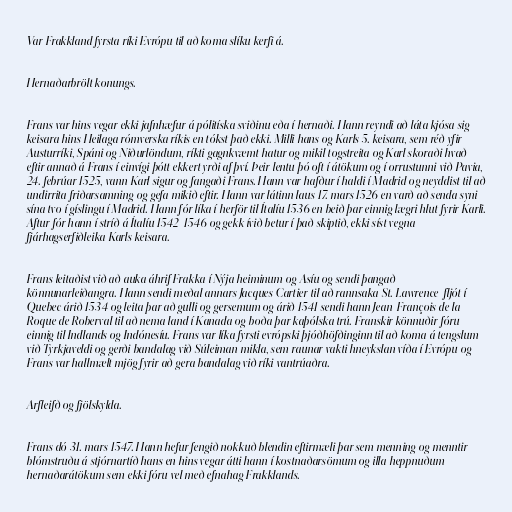
Var Frakkland fyrsta ríki Evrópu til að koma slíku kerfi á.

Hernaðarbrölt konungs.

Frans var hins vegar ekki jafnhæfur á pólitíska sviðinu eða í hernaði. Hann reyndi að láta kjósa sig
keisara hins Heilaga rómverska ríkis en tókst það ekki. Milli hans og Karls 5. keisara, sem réð yfir
Austurríki, Spáni og Niðurlöndum, ríkti gagnkvæmt hatur og mikil togstreita og Karl skoraði hvað
eftir annað á Frans í einvígi þótt ekkert yrði af því. Þeir lentu þó oft í átökum og í orrustunni við Pavia,
24. febrúar 1525, vann Karl sigur og fangaði Frans. Hann var hafður í haldi í Madrid og neyddist til að
undirrita friðarsamning og gefa mikið eftir. Hann var látinn laus 17. mars 1526 en varð að senda syni
sína tvo í gíslingu í Madrid. Hann fór líka í herför til Ítalíu 1536 en beið þar einnig lægri hlut fyrir Karli.
Aftur fór hann í stríð á Ítalíu 1542-1546 og gekk ívið betur í það skiptið, ekki síst vegna
fjárhagserfiðleika Karls keisara.

Frans leitaðist við að auka áhrif Frakka í Nýja heiminum og Asíu og sendi þangað
könnunarleiðangra. Hann sendi meðal annars Jacques Cartier til að rannsaka St. Lawrence-fljót í
Quebec árið 1534 og leita þar að gulli og gersemum og árið 1541 sendi hann Jean-François de la
Roque de Roberval til að nema land í Kanada og boða þar kaþólska trú. Franskir könnuðir fóru
einnig til Indlands og Indónesíu. Frans var líka fyrsti evrópski þjóðhöfðinginn til að koma á tengslum
við Tyrkjaveldi og gerði bandalag við Súleiman mikla, sem raunar vakti hneykslan víða í Evrópu og
Frans var hallmælt mjög fyrir að gera bandalag við ríki vantrúaðra.

Arfleifð og fjölskylda.

Frans dó 31. mars 1547. Hann hefur fengið nokkuð blendin eftirmæli þar sem menning og menntir
blómstruðu á stjórnartíð hans en hins vegar átti hann í kostnaðarsömum og illa heppnuðum
hernaðarátökum sem ekki fóru vel með efnahag Frakklands.